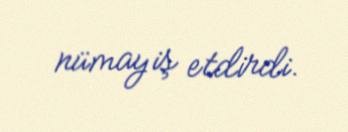
nümayiş etdirdi.